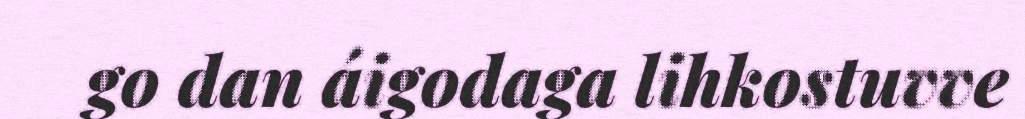
go dan áigodaga lihkostuvve